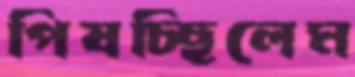
পিষচ্ছিলেম